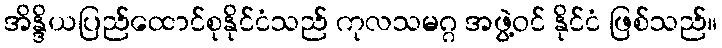
အိန္ဒိယပြည်ထောင်စုနိုင်ငံသည် ကုလသမဂ္ဂ အဖွဲ့ဝင် နိုင်ငံ ဖြစ်သည်။